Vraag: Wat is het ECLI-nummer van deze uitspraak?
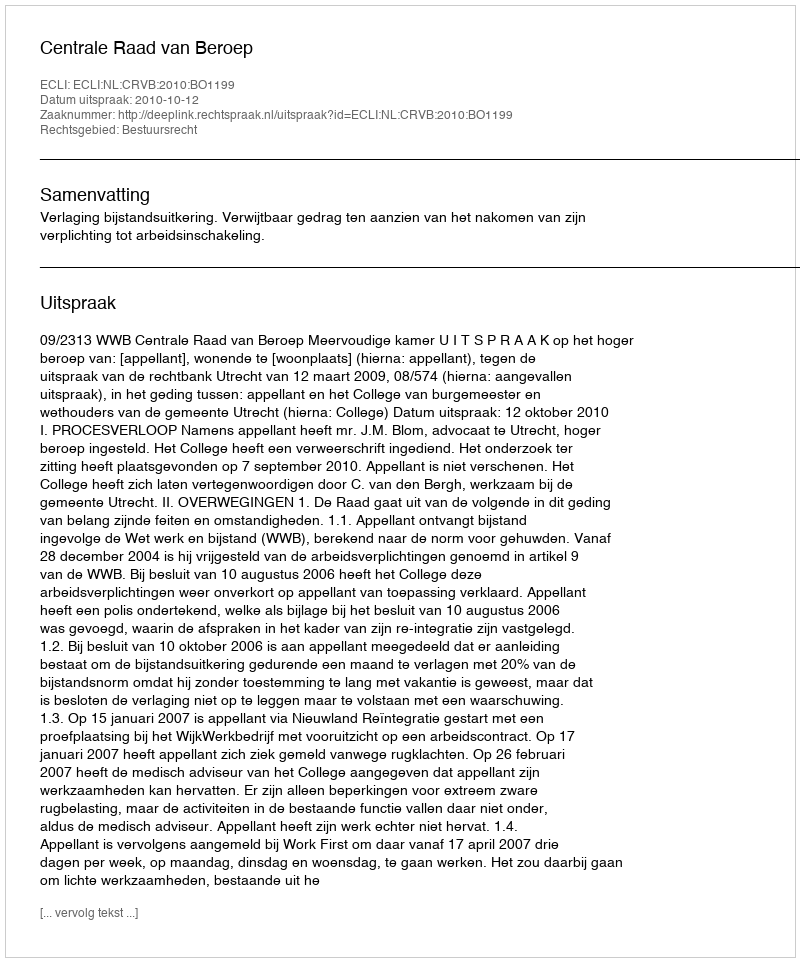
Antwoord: ECLI:NL:CRVB:2010:BO1199